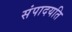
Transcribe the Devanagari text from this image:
संपादयति